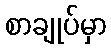
စာချုပ်မှာ